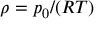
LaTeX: \rho = p _ { 0 } / ( R T )